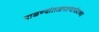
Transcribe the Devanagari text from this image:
पाळण्यांतआपल्यापोटच्या